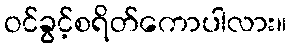
ဝင်ခွင့်စရိတ်ကောပါလား။